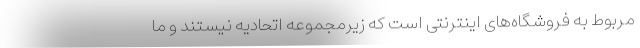
مربوط به فروشگاه‌های اینترنتی است که زیرمجموعه اتحادیه نیستند و ما